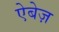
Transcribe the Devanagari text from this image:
ऐबेज़